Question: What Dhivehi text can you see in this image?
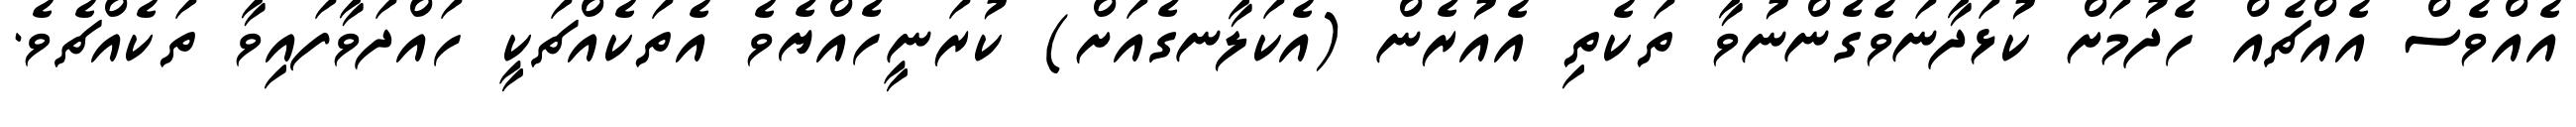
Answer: އެއްވެސް އެއްޗެއް ހެދުމަށް ކުޅަދާނަވެގެންނުވާ ތަކެތި އެއުރެން (އެކަލާނގެއަށް) ކުރަނީހެއްޔެވެ އެތަކެއްޗަކީ ހައްދަވާފައިވާ ތަކެއްޗެވެ.